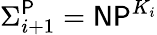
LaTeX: \Sigma_{i+1}^{\mathsf{P}}={\mathsf{NP}}^{K_{i}}